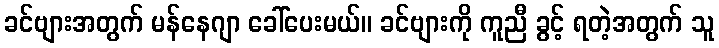
ခင်ဗျားအတွက် မန်နေဂျာ ခေါ်ပေးမယ်။ ခင်ဗျားကို ကူညီ ခွင့် ရတဲ့အတွက် သူ